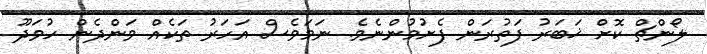
ލޯންޗް ކޮށް ޚަބަރު ފަތުރަން ފެށުމުންނެވެ. ނަމަވެސް އަހަރު ތަކެއް ވަންދެން ހުވަދޫ